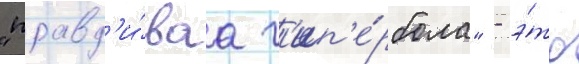
"правд'и́ваа г'ип'е́рбола" - э́то